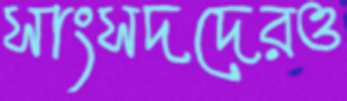
সাংসদদেরও